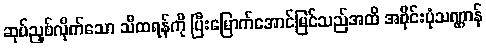
ဆုပ်ညှစ်လိုက်သော သီထရန်ကို ပြီးမြောက်အောင်မြင်သည်အထိ အဝိုင်းပုံသဏ္ဌာန်